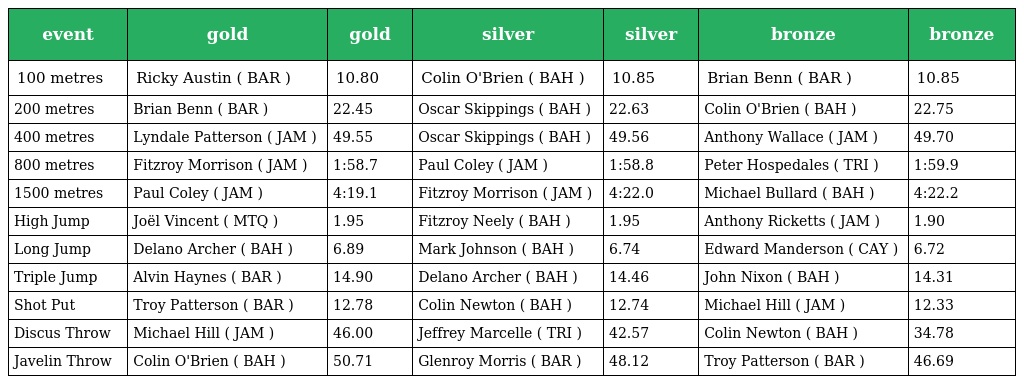
| event | gold | gold | silver | silver | bronze | bronze |
 | --- | --- | --- | --- | --- | --- | --- |
 | 100 metres | Ricky Austin ( BAR ) | 10.80 | Colin O'Brien ( BAH ) | 10.85 | Brian Benn ( BAR ) | 10.85 |
 | 200 metres | Brian Benn ( BAR ) | 22.45 | Oscar Skippings ( BAH ) | 22.63 | Colin O'Brien ( BAH ) | 22.75 |
 | 400 metres | Lyndale Patterson ( JAM ) | 49.55 | Oscar Skippings ( BAH ) | 49.56 | Anthony Wallace ( JAM ) | 49.70 |
 | 800 metres | Fitzroy Morrison ( JAM ) | 1:58.7 | Paul Coley ( JAM ) | 1:58.8 | Peter Hospedales ( TRI ) | 1:59.9 |
 | 1500 metres | Paul Coley ( JAM ) | 4:19.1 | Fitzroy Morrison ( JAM ) | 4:22.0 | Michael Bullard ( BAH ) | 4:22.2 |
 | High Jump | Joël Vincent ( MTQ ) | 1.95 | Fitzroy Neely ( BAH ) | 1.95 | Anthony Ricketts ( JAM ) | 1.90 |
 | Long Jump | Delano Archer ( BAH ) | 6.89 | Mark Johnson ( BAH ) | 6.74 | Edward Manderson ( CAY ) | 6.72 |
 | Triple Jump | Alvin Haynes ( BAR ) | 14.90 | Delano Archer ( BAH ) | 14.46 | John Nixon ( BAH ) | 14.31 |
 | Shot Put | Troy Patterson ( BAR ) | 12.78 | Colin Newton ( BAH ) | 12.74 | Michael Hill ( JAM ) | 12.33 |
 | Discus Throw | Michael Hill ( JAM ) | 46.00 | Jeffrey Marcelle ( TRI ) | 42.57 | Colin Newton ( BAH ) | 34.78 |
 | Javelin Throw | Colin O'Brien ( BAH ) | 50.71 | Glenroy Morris ( BAR ) | 48.12 | Troy Patterson ( BAR ) | 46.69 |